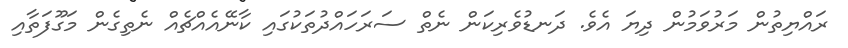
ރައްޔިތުން މަރުވަމުން ދިޔަ އެވެ. ދަނޑުވެރިކަން ނެތް ސަރަހައްދުތަކުގައި ކާނޭއެއްޗެއް ނެތިގެން މަގޫފަތާއި